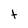
Character: t